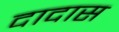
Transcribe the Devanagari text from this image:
दादास